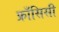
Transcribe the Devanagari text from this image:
फ्राँसिसी